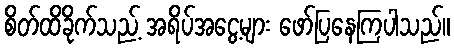
စိတ်ထိခိုက်သည့် အရိပ်အငွေ့များ ဖော်ပြနေကြပါသည်။